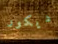
ديكور